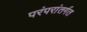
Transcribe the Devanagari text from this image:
परंपरांतर्गत